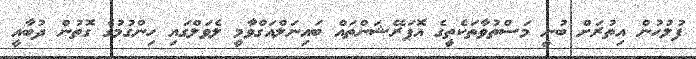
ފުލުހުން އިތުރަށް ބުނީ މަސްތުވާތަކެތީގެ އޮޕަރޭޝަންތައް ބައިނަލްއަގްވާމީ ލެވަލްގައި ހިންގުމުގެ ގޮތުން ދުބާއީ